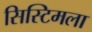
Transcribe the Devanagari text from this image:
सिस्टिमला